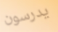
يدرسون